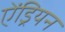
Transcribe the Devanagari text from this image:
ऐंड्रियन